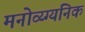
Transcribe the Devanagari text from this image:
मनोव्य्ग्यनिक